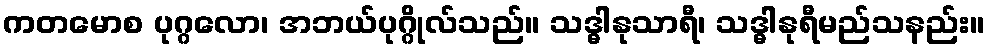
ကတမောစ ပုဂ္ဂလော၊ အဘယ်ပုဂ္ဂိုလ်သည်။ သဒ္ဓါနုသာရီ၊ သဒ္ဓါနုရီမည်သနည်း။